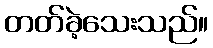
တတ်ခဲ့သေးသည်။